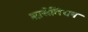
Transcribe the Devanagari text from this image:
ओसेतियन